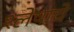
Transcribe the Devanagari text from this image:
श्लेषाचे